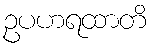
ဥပဟရထာတိ